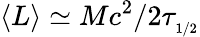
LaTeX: \langle L\rangle\simeq Mc^{2}/2\tau_{_{1/2}}